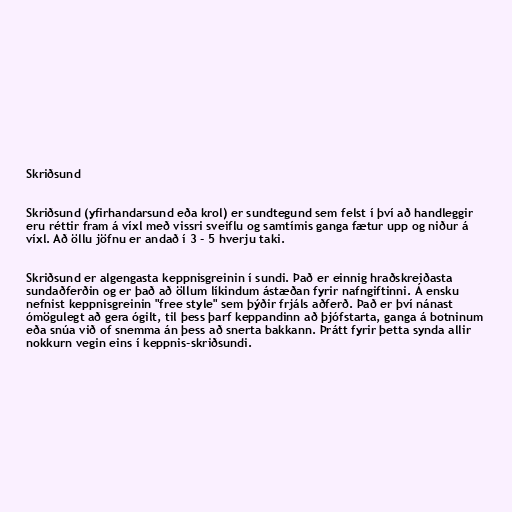
Skriðsund

Skriðsund (yfirhandarsund eða krol) er sundtegund sem felst í því að handleggir
eru réttir fram á víxl með vissri sveiflu og samtímis ganga fætur upp og niður á
víxl. Að öllu jöfnu er andað í 3 - 5 hverju taki.

Skriðsund er algengasta keppnisgreinin í sundi. Það er einnig hraðskreiðasta
sundaðferðin og er það að öllum líkindum ástæðan fyrir nafngiftinni. Á ensku
nefnist keppnisgreinin "free style" sem þýðir frjáls aðferð. Það er því nánast
ómögulegt að gera ógilt, til þess þarf keppandinn að þjófstarta, ganga á botninum
eða snúa við of snemma án þess að snerta bakkann. Þrátt fyrir þetta synda allir
nokkurn vegin eins í keppnis-skriðsundi.